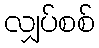
လျှပ်စစ်